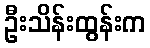
ဦးသိန်းထွန်းက